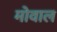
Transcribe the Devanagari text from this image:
मोवाल